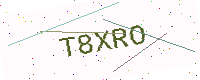
Text: T8XRO